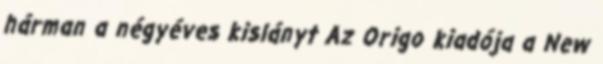
hárman a négyéves kislányt Az Origo kiadója a New